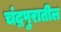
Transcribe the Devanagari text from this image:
चंद्रपुरातील